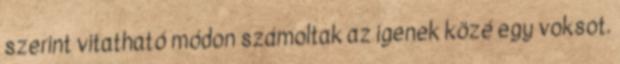
szerint vitatható módon számoltak az igenek közé egy voksot.